Scientific memoirs by medical officers of the Army of India - Part VI,
Year: 1891
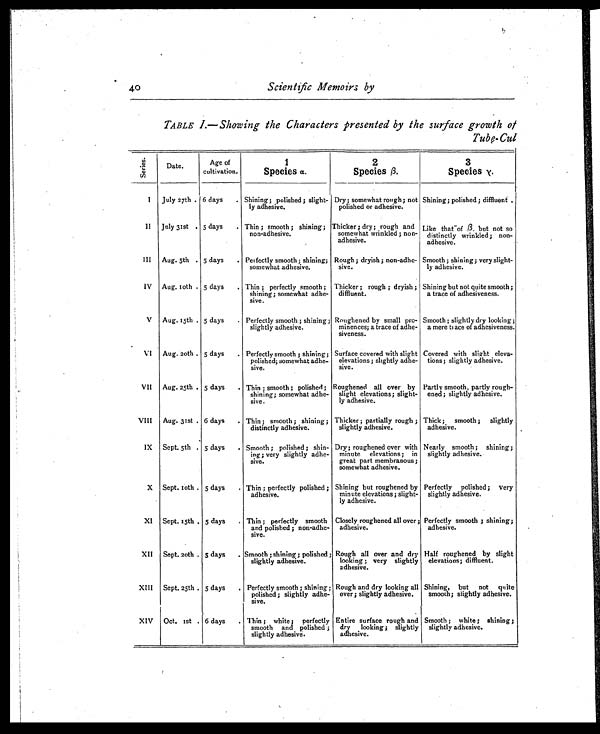
40
Scientc Memoirs by
TABLE I.—Showing the Characters presented by the surface growth of
Tube-Cul
S e r i e s .
Date.
Age of
cultivation.
1
Species a.
2
Species β.
3
Species γ.
I
July 27th . 6 days
. Shining; polished ; slight-
ly adhesive.
Dry; somewhat rough; not
polished or adhesive.
Shining; polished ; diffluent .
I I
Jnly 31st . 5 days
Thin ; smooth ; shining;
non-adhesive.
Thicker ; dry ; rough and
somewhat wrinkled ; non-
adhesive.
Like that of β. but not so
distinctly wrinkled; non-
adhesive.
III
Aug. 5th . 5 days
. Perfectly smooth ; shining;
somewhat adhesive.
Rough ; dryish; non-adhe-
sive.
Smooth ; shining; very slight-
ly adhesive.
IV
Aug. loth . 5 days
. Thin ; perfectly smooth ;
shining; somewhat adhe-
sive.
Thicker ; rough ; dryish ;
diffluent.
Shining but not quite smooth;
a trace of adhesiveness.
V
Aug. 15th . 5 days
Perfectly smooth ; shining;
slightly adhesive.
Roughened by small pro-
minences; a trace of adhe-
siveness.
Smooth ; slightly dry looking;
a mere ti ace of adhesiveness.
VI
Aug. 20th . 5 days
. Perfectly smooth ; shining;
polished; somewhat adhe-
sive.
Surface covered with slight
elevations ; slightly adhe-
sive.
Covered with slight eleva-
tions; slightly adhesive.
VII
Aug. 25th . 5 days
. Thin ; smooth ; polished ;
shining; somewhat adhe-
sive.
Roughened all over by
slight elevations; slight-
ly adhesive.
Partly smooth, partly rough-
ened; slightly adhesive.
VIII
Aug. 31st . 6 days
. Thin ; smooth ; shining ;
distinctly adhesive.
Thicker ; partially rough ;
slightly adhesive.
Thick; smooth ; slightly
adhesive.
IX
Sept. 5th . 5 days
•
Smooth ; polished ; shin-
ing; very slightly adhe-
sive.
Dry ; roughened over with
minute elevations; in
great part membranous ;
somewhat adhesive.
Nearly smooth ; shining;
slightly adhesive.
X
Sept. l0th . 5 days
•
Thin ; perfectly polished ;
adhesive.
Shining but roughened by
minute elevations; slight-
ly adhesive.
Perfectly polished ; very
slightly adhesive.
XI
Sept. 15th
5 days
. Thin ; perfectly smooth
and polished ; non-adhe-
sive.
Closely roughened all over;
adhesive.
Perfectly smooth ; shining;
adhesive.
XII
Sept. 20th . 5 days
. Smooth ; shining ; polished ;
slightly adhesive.
Rough all over and dry
looking ; very slightly
adhesive.
Half roughened by slight
elevations; diffluent.
XIII
Sept. 25th . 5 days
. Perfectly smooth ; shining;
polished ; slightly adhe-
sive.
Rough and dry looking all
over ; slightly adhesive.
Shining, but not quite
smooth; slightly adhesive.
XIV
Oct. 1st . 6 days
Thin ; white ; perfectly
smooth and polished ;
slightly adhesive.
Entire surface rough and
dry looking ; slightly
adhesive.
Smooth ; white ; shining ;
slightly adhesive.